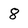
Character: 8